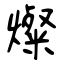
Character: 燦